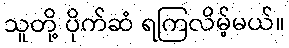
သူတို့ ပိုက်ဆံ ရကြလိမ့်မယ်။